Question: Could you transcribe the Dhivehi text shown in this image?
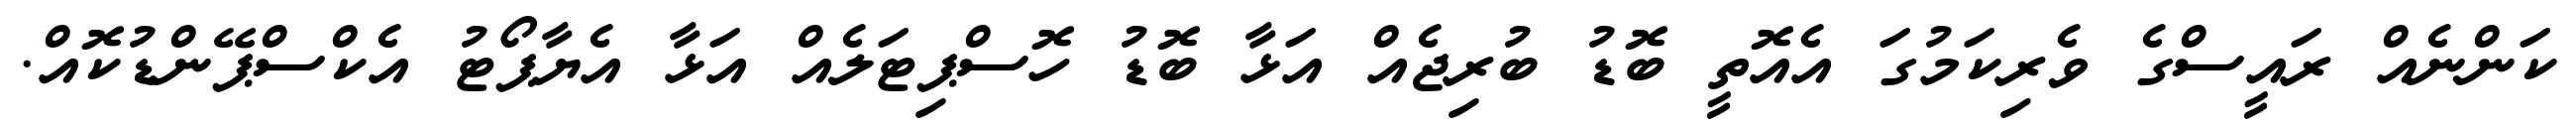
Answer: ކަންނެއް ރައީސްގެ ވެރިކަމުގަ އެއޮތީ ބޮޑު ބުރިޖެއް އަޅާ ބޮޑު ހޮސްޕިޓަލެއް އަޅާ އެޔާޕޯޓު އެކްސްޕޭންޑުކޮއް.